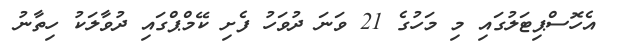
އެހޮސްޕިޓަލުގައި މި މަހުގެ 21 ވަނަ ދުވަހު ފެށި ކޭމްޕްގައި ދުވާލަކު ހިތާނު